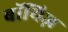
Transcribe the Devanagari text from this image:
बॉयिज़